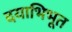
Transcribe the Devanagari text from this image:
दयाभिभूत